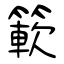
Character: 簐